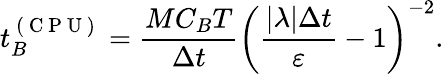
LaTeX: t_{B}^{\mathrm{~(~C~P~U~)~}}=\frac{MC_{B}T}{\Delta t}\left(\frac{|\lambda|\Delta t}{\varepsilon}-1\right)^{-2}.